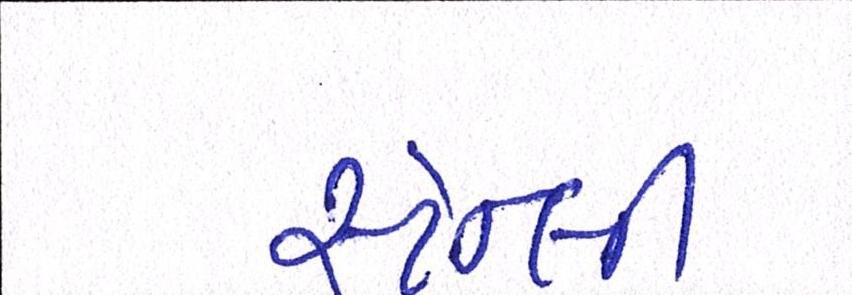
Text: સ્ટેન્લી